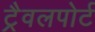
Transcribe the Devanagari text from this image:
ट्रैवलपोर्ट